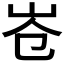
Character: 𮱤